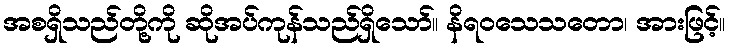
အစရှိသည်တို့ကို ဆိုအပ်ကုန်သည်ရှိသော်။ နိရဝသေသတော၊ အားဖြင့်။